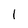
Character: 1